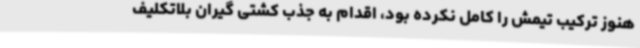
هنوز ترکیب تیمش را کامل نکرده بود، اقدام به جذب کشتی گیران بلاتکلیف